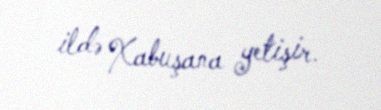
ildə Xabuşana yetişir.